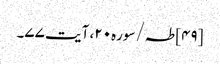
[۴۹] طہ/سوره۲۰، آیت ۷۷۔